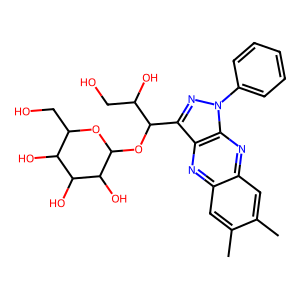
SMILES: Cc1cc2nc3c(C(OC4OC(CO)C(O)C(O)C4O)C(O)CO)nn(-c4ccccc4)c3nc2cc1C
Inhibits HIV replication: No